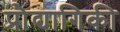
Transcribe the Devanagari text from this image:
प्रौद्यागिकी